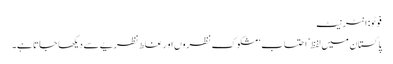
فوٹو: انٹرنیٹ
پاکستان میں لفظ’ احتساب‘ مشکوک نظروں او ر غلط نظریے سے دیکھا جاتا ہے۔